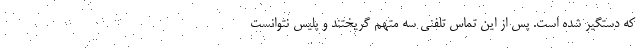
که دستگیر شده است. پس از این تماس تلفنی سه متهم گریختند و پلیس نتوانست